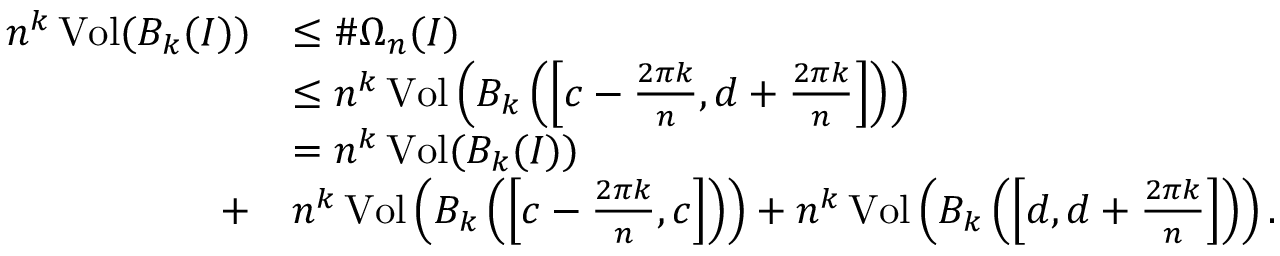
\begin{array} { r l } { n ^ { k } \operatorname { V o l } ( B _ { k } ( I ) ) } & { \leq \# \Omega _ { n } ( I ) } \\ & { \leq n ^ { k } \operatorname { V o l } \left( B _ { k } \left( \left[ c - \frac { 2 \pi k } { n } , d + \frac { 2 \pi k } { n } \right] \right) \right) } \\ & { = n ^ { k } \operatorname { V o l } ( B _ { k } ( I ) ) } \\ { + } & { n ^ { k } \operatorname { V o l } \left( B _ { k } \left( \left[ c - \frac { 2 \pi k } { n } , c \right] \right) \right) + n ^ { k } \operatorname { V o l } \left( B _ { k } \left( \left[ d , d + \frac { 2 \pi k } { n } \right] \right) \right) . } \end{array}